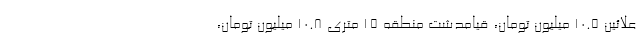
علائین ۱۰.۵ میلیون تومان، قیامدشت منطقه ۱۵ متری ۱۰.۸ میلیون تومان،